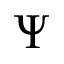
\Psi